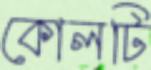
কোলটি